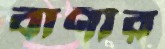
বাণীর